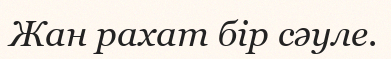
Жан рахат бiр сәуле.